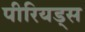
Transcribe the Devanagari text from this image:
पीरियड्स